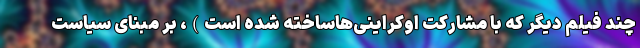
چند فیلم دیگر که با مشارکت اوکراینی‌هاساخته شده است)، بر مبنای سیاست